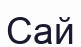
Сай